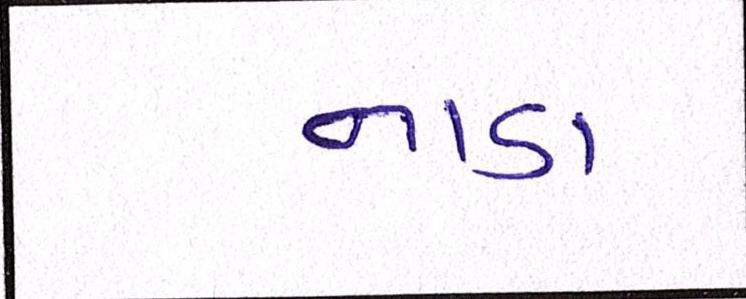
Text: નાડા